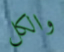
والكل